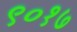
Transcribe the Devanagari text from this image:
९०१७